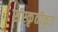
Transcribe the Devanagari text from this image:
संस्कृतीकृत